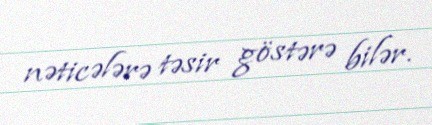
nəticələrə təsir göstərə bilər.